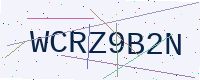
Text: WCRZ9B2N